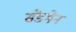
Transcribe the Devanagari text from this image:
सेंडमेन